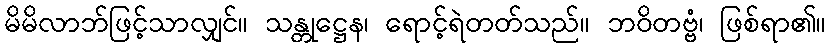
မိမိလာဘ်ဖြင့်သာလျှင်။ သန္တုဋ္ဌေန၊ ရောင့်ရဲတတ်သည်။ ဘဝိတဗ္ဗံ၊ ဖြစ်ရာ၏။